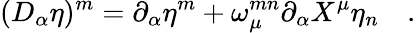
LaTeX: (D_{\alpha}\eta)^{m}=\partial_{\alpha}\eta^{m}+\omega_{\mu}^{mn}\partial_{\alpha}X^{\mu}\eta_{n}\quad.